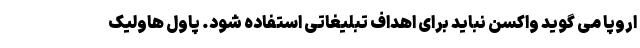
اروپا می گوید واکسن نباید برای اهداف تبلیغاتی استفاده شود. پاول هاولیک